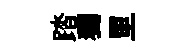
踏獨里